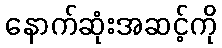
နောက်ဆုံးအဆင့်ကို